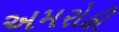
અમરોહી